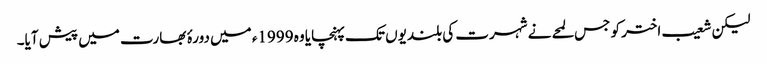
لیکن شعیب اختر کو جس لمحے نے شہرت کی بلندیوں تک پہنچایا وہ 1999ء میں دورۂ بھارت میں پیش آیا۔